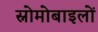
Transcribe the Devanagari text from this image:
स्नोमोबाइलों